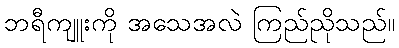
ဘရီကျူးကို အသေအလဲ ကြည်ညိုသည်။